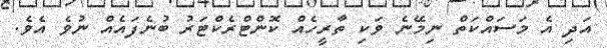
އަދި އެ މަސައްކަތް ނިމޭނެ ވަކި ތާރީހެއް ކޮންޓްރެކްޓަރު ބުނެފައެއް ނުވެ އެވެ.